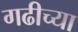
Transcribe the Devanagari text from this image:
गढीच्या